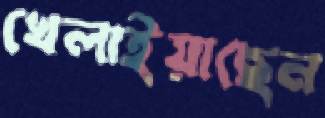
খেলাইয়াছেন